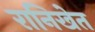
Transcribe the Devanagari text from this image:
रानिखेत